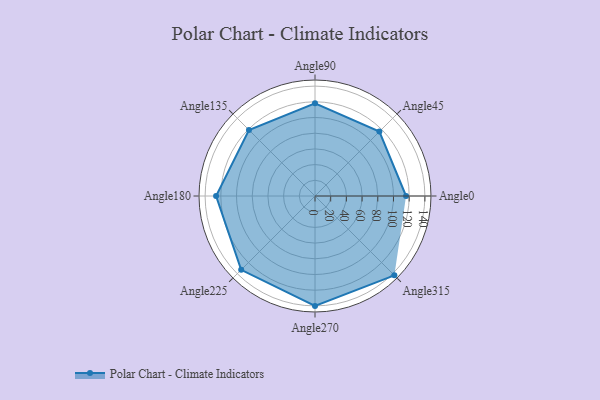
{"axis": {"x": "Angle", "y": "Radius"}, "legend": [""], "data": [{"x": "Angle0", "y": 116.0, "type": ""}, {"x": "Angle45", "y": 116.0, "type": ""}, {"x": "Angle90", "y": 118.0, "type": ""}, {"x": "Angle135", "y": 119.0, "type": ""}, {"x": "Angle180", "y": 126.0, "type": ""}, {"x": "Angle225", "y": 133.0, "type": ""}, {"x": "Angle270", "y": 140.0, "type": ""}, {"x": "Angle315", "y": 143.0, "type": ""}]}